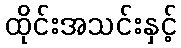
ထိုင်းအသင်းနှင့်